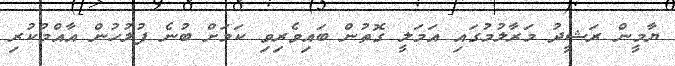
ޔާމީން ރަޝީދު މަރާލުމުގައި އަމަލީ ގޮތުން ބައިވެރިވި ކަމަށް ބުނެ ފުލުހުން އާއްމުކުރި